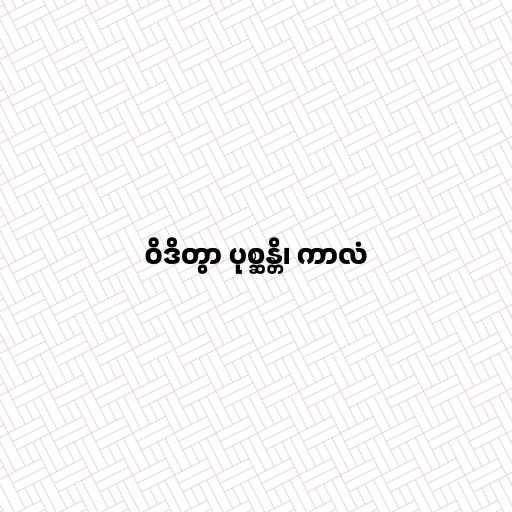
ဝိဒိတွာ ပုစ္ဆန္တိ၊ ကာလံ